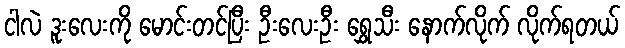
ငါလဲ ဒူးလေးကို မောင်းတင်ပြီး ဦးလေးဦး ရွှေသီး နောက်လိုက် လိုက်ရတယ်